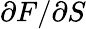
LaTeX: \partial F/\partial S